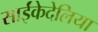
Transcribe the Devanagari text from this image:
साईंकेदेलिया